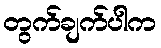
တွက်ချက်ပါက